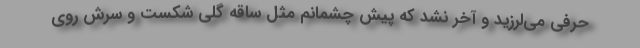
حرفی می‌لرزید و آخر نشد که پیش چشمانم مثل ساقه گلی شکست و سرش روی